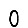
Digit: 0